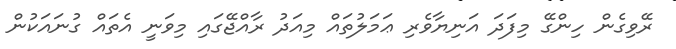
ރޭވިގެން ހިންގޭ މިފަދަ އަނިޔާވެރި ޢަމަލުތައް މިއަދު ރާއްޖޭގައި މިވަނީ އެތައް ގުނައަކުން